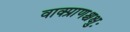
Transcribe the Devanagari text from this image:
वाक्प्राणश्चक्षुः